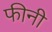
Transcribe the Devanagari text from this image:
फीनी